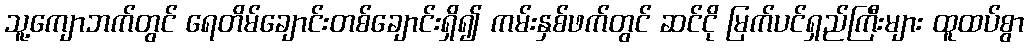
သူ့ကျောဘက်တွင် ရေတိမ်ချောင်းတစ်ချောင်းရှိ၍ ကမ်းနှစ်ဖက်တွင် ဆင်ငို မြက်ပင်ရှည်ကြီးများ ထူထပ်စွာ